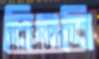
চিতবি